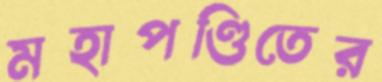
মহাপণ্ডিতের